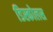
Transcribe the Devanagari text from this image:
डिस्कोलस